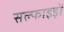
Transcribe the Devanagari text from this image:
सल्फाइड़ों